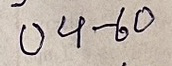
04 - 60